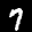
Label: 7